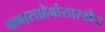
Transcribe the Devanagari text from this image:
बाबासाहेबांसारखेच